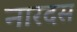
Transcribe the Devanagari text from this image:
नारदस